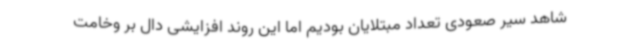
شاهد سیر صعودی تعداد مبتلایان بودیم اما این روند افزایشی دال بر وخامت